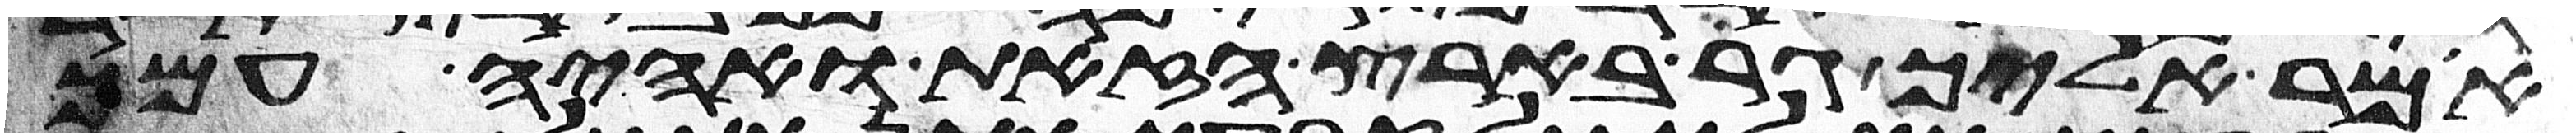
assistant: אמר אליך גר בארץ הזאת ואהיה עמך